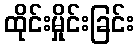
ထိုင်းမှိုင်းခြင်း